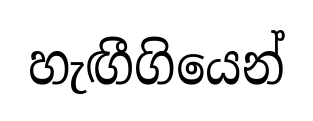
හැඟීගියෙන්